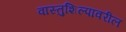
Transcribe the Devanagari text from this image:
वास्तुशिल्पावरील